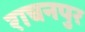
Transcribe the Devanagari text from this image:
राचनपुर